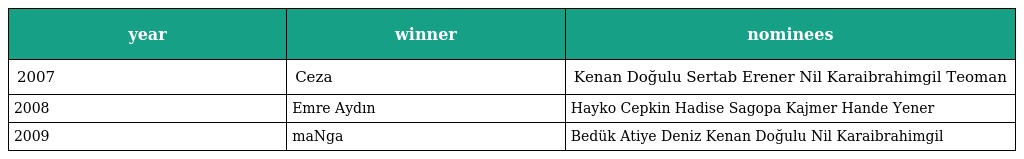
| year | winner | nominees |
 | --- | --- | --- |
 | 2007 | Ceza | Kenan Doğulu Sertab Erener Nil Karaibrahimgil Teoman |
 | 2008 | Emre Aydın | Hayko Cepkin Hadise Sagopa Kajmer Hande Yener |
 | 2009 | maNga | Bedük Atiye Deniz Kenan Doğulu Nil Karaibrahimgil |